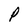
Character: P